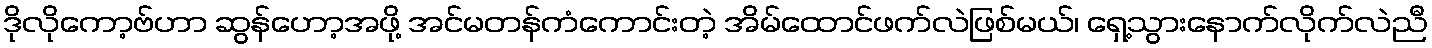
ဒိုလိုကော့ဗ်ဟာ ဆွန်ဟော့အဖို့ အင်မတန်ကံကောင်းတဲ့ အိမ်ထောင်ဖက်လဲဖြစ်မယ်၊ ရှေ့သွားနောက်လိုက်လဲညီ